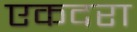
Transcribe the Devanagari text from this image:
एकदरा